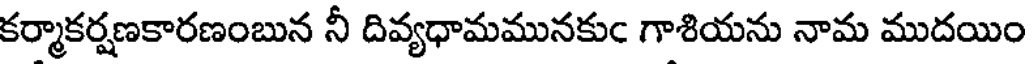
కర్మాకర్షణకారణంబున నీ దివ్యధామమునకుం గాశియను నామ ముదయిం